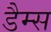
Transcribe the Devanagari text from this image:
डैम्स